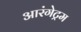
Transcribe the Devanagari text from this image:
आरंगेट्रम